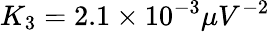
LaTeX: K_{3}=2.1\times 10^{-3}\mu V^{-2}